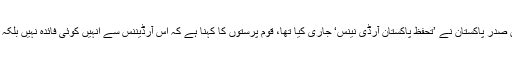
گزشتہ دنوں صدر پاکستان نے ’تحفظ پاکستان آرڈی نینس‘ جاری کیا تھا، قوم پرستوں کا کہنا ہے کہ اس آرڈیننس سے انہیں کوئی فائدہ نہیں بلکہ نقصان ہے۔